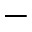
^ { - }